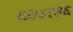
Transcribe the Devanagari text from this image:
६७३१३६